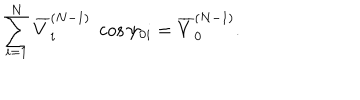
\sum _ { i = 1 } ^ { N } \overline { { { V } } } _ { i } ^ { ( N - 1 ) } \; \cos \psi _ { 0 i } = \overline { { { V } } } _ { 0 } ^ { ( N - 1 ) } .